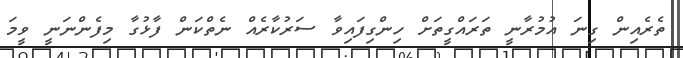
ތެރެއިން ގިނަ އުމުރާނީ ތަރައްގީތަށް ހިންގިފައިވާ ސަރުކާރެއް ނެތްކަން ފާޅުގާ މިފެންނަނީ ވީމަ